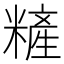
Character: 𰫏